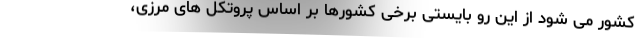
کشور می شود از این رو بایستی برخی کشورها بر اساس پروتکل های مرزی،